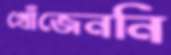
খোঁজেননি